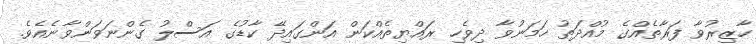
ހާޒިރުވާ ފަރާތެއްގެ މުއްދަތު ހަމަނުވާ ދިވެހި ރައްޔިތެއްކަން އަންގައިދޭ ކާޑުގެ އަސްލު ގެންނަވަންވާނެއެވެ.